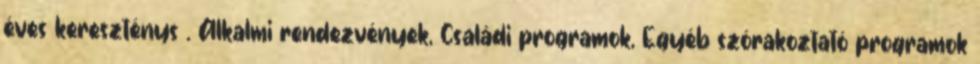
éves kereszténys�. Alkalmi rendezvények, Családi programok, Egyéb szórakoztató programok